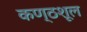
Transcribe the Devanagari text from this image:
कण्ठशूल